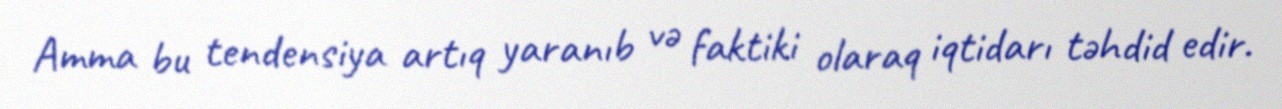
Amma bu tendensiya artıq yaranıb və faktiki olaraq iqtidarı təhdid edir.